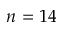
n = 1 4